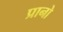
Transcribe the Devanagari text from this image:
प्रानो